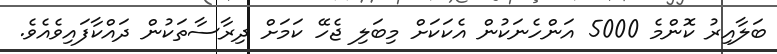
ބަލާއިރު ކޮންމެ 5000 އަންހެނަކުން އެކަކަށް މިބަލި ޖެހޭ ކަމަށް ދިރާސާތަކުން ދައްކާފައިވެެއެވެ.